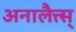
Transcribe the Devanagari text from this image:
अनालैत्त्स्